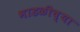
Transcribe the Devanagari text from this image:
भाडळीच्या